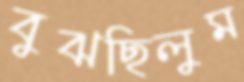
বুঝছিলুম